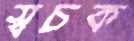
স্বচক